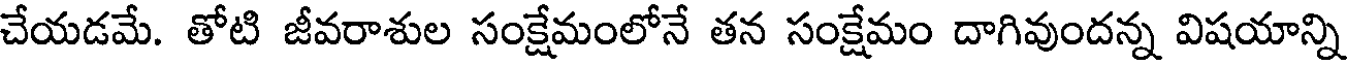
చేయడమే. తోటి జీవరాశుల సంక్షేమంలోనే తన సంక్షేమం దాగివుందన్న విషయాన్ని